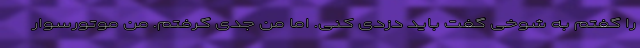
را گفتم به شوخی گفت باید دزدی کنی. اما من جدی گرفتم. من موتورسوار